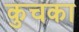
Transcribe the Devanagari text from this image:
कुचका